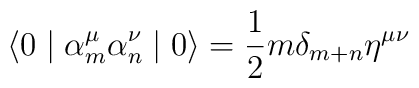
\langle 0 \mid {\alpha}_m^{\mu} {\alpha}_n^{\nu} \mid 0 \rangle =\frac {1} {2} m {\delta}_{m+n} {\eta}^{\mu \nu}